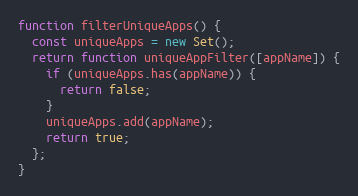
Language: JavaScript
function filterUniqueApps() {
  const uniqueApps = new Set();
  return function uniqueAppFilter([appName]) {
    if (uniqueApps.has(appName)) {
      return false;
    }
    uniqueApps.add(appName);
    return true;
  };
}